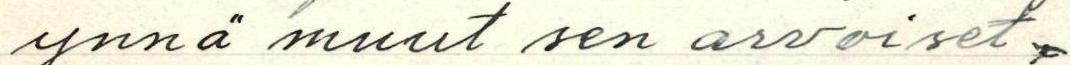
ynnä muut sen arvoiset,